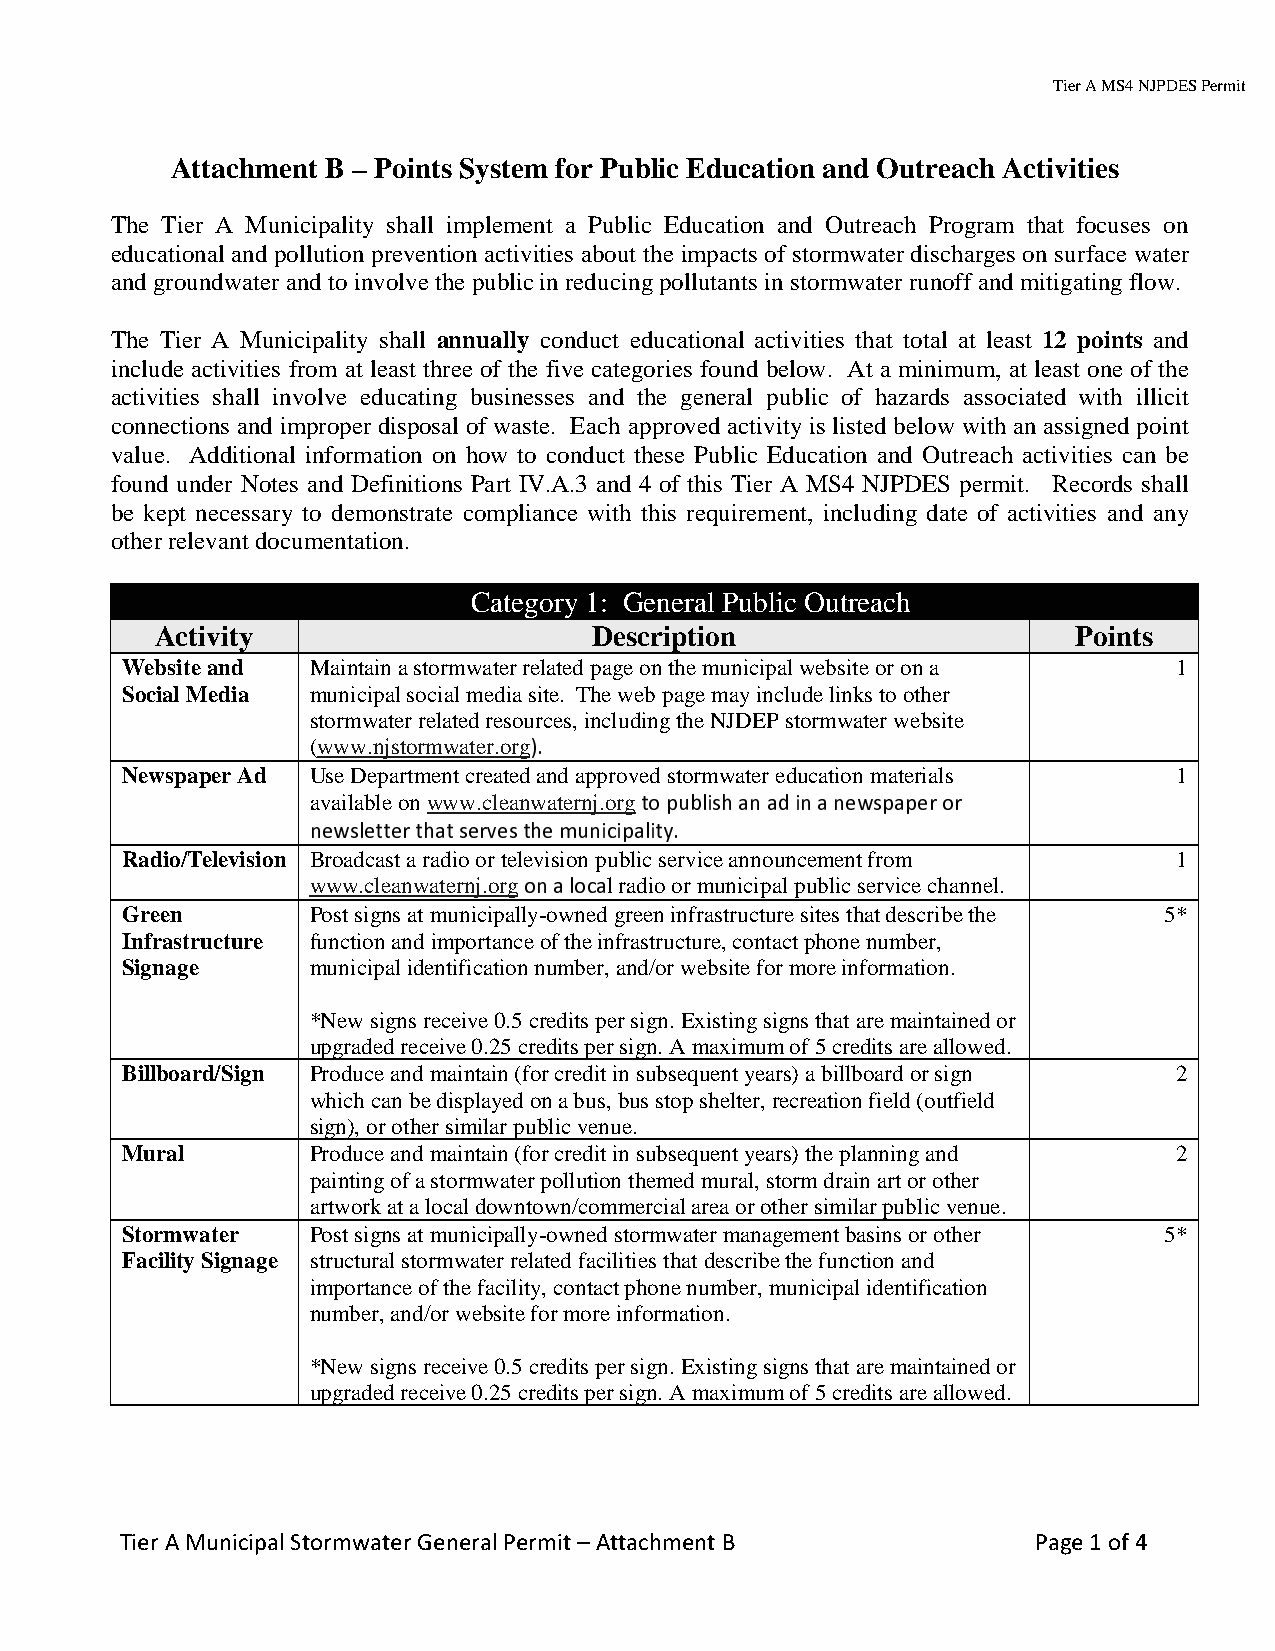
Tier A MS4 NJPDES Permit
 Attachment B – Points System for Public Education and Outreach Activities
 The Tier A Municipality shall implement a Public Education and Outreach Program that focuses on
 educational and pollution prevention activities about the impacts of stormwater discharges on surface water
 and groundwater and to involve the public in reducing pollutants in stormwater runoff and mitigating flow.
 The Tier A Municipality shall annually conduct educational activities that total at least 12 points and
 include activities from at least three of the five categories found below. At a minimum, at least one of the
 activities shall involve educating businesses and the general public of hazards associated with illicit
 connections and improper disposal of waste. Each approved activity is listed below with an assigned point
 value. Additional information on how to conduct these Public Education and Outreach activities can be
 found under Notes and Definitions Part IV.A.3 and 4 of this Tier A MS4 NJPDES permit. Records shall
 be kept necessary to demonstrate compliance with this requirement, including date of activities and any
 other relevant documentation.
 Category 1: General Public Outreach
 Activity                     Description                     Points
 Website and Maintain a stormwater related page on the municipal website or on a 1
 Social Media municipal social media site. The web page may include links to other
 stormwater related resou)r.ces, including the NJDEP stormwater website
 (www.njstormwater.org
 Newspaper Ad Use Department created and approvetod pstuobrmliswh aatne ra edd iunc aa tnioenw mspaatepreiarl os
 r
 1
 available on www.cleanwaternj.org
 newsletter that serves the municipality.
 Radio/Television Broadcast a radio or teloevni sai olonc paublic service announcement from 1
 www.cleanwaternj.org l radio or municipal public service channel.
 Green       Post signs at municipally-owned green infrastructure sites that describe the 5*
 Infrastructure function and importance of the infrastructure, contact phone number,
 Signage     municipal identification number, and/or website for more information.
 *New signs receive 0.5 credits per sign. Existing signs that are maintained or
 upgraded receive 0.25 credits per sign. A maximum of 5 credits are allowed.
 Billboard/Sign Produce and maintain (for credit in subsequent years) a billboard or sign 2
 which can be displayed on a bus, bus stop shelter, recreation field (outfield
 sign), or other similar public venue.
 Mural       Produce and maintain (for credit in subsequent years) the planning and 2
 painting of a stormwater pollution themed mural, storm drain art or other
 artwork at a local downtown/commercial area or other similar public venue.
 Stormwater  Post signs at municipally-owned stormwater management basins or other 5*
 Facility Signage structural stormwater related facilities that describe the function and
 importance of the facility, contact phone number, municipal identification
 number, and/or website for more information.
 *New signs receive 0.5 credits per sign. Existing signs that are maintained or
 upgraded receive 0.25 credits per sign. A maximum of 5 credits are allowed.
 Tier A Municipal Stormwater General Permit – Attachment B    Page 1 of 4